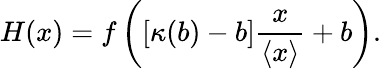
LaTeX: H(x)=f\left([\kappa(b)-b]\frac{x}{\left\langle{x}\right\rangle}+b\right).